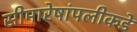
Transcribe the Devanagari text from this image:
सीमारेषांपलीकडे